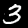
Digit: 3